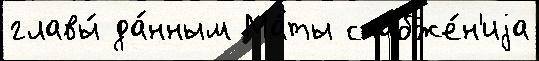
главы́ да́нным Ма́ты снабже́н'иjа